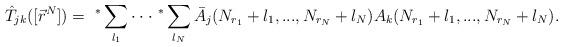
LaTeX: \begin{align*}\hat T_{jk}([\vec r^N])=\ ^*\sum_{l_1}\cdot\cdot\cdot\ ^*\sum_{l_N} \bar A_j(N_{r_1}+l_1,...,N_{r_N}+l_N) A_k(N_{r_1}+l_1,...,N_{r_N}+l_N).\end{align*}